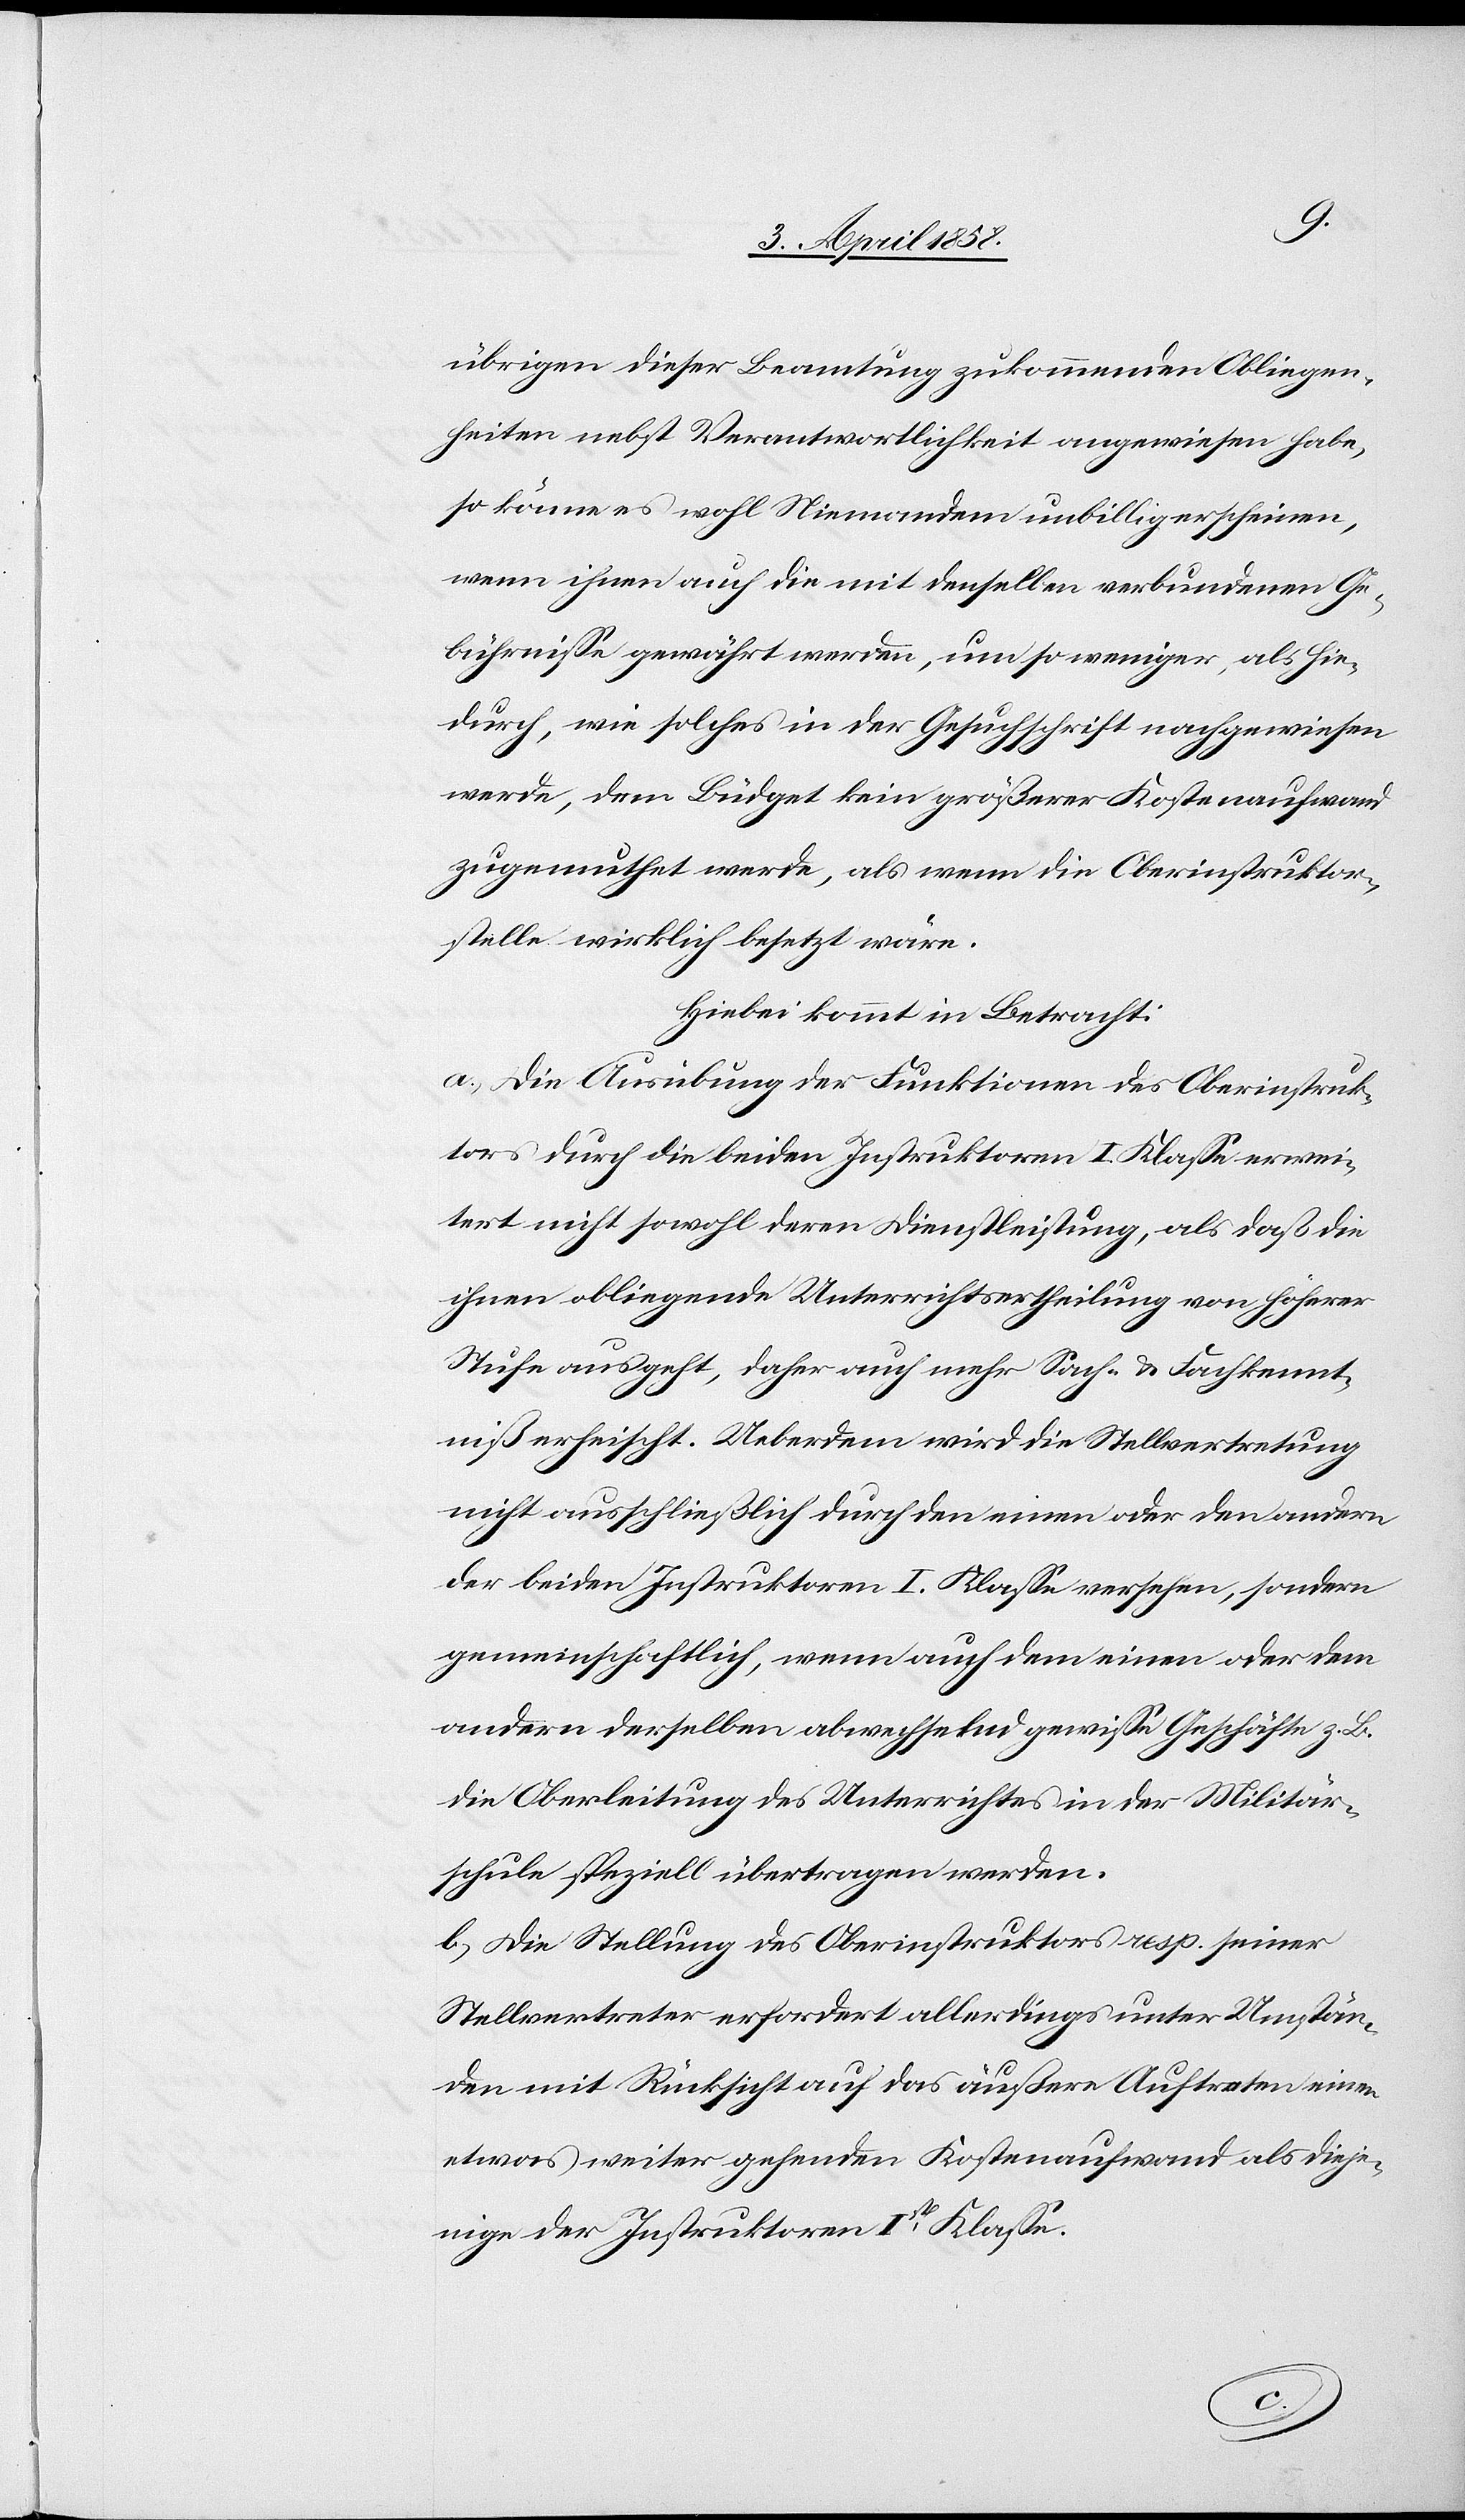
übrigen dieser Beamtung zukommenden Obliegen¬
heiten nebst Verantwortlichkeit angewiesen habe,
so könne es wohl Niemandem unbillig erscheinen,
wenn ihnen auch die mit denselben verbundenen Ge¬
bührnisse gewährt werden, um so weniger, als hie¬
durch, wie solches in der Gesuchschrift nachgewiesen
werde, dem Büdget kein größerer Kostenaufwand
zugemuthet werde, als wenn die Oberinstruktor¬
stelle wirklich besetzt wäre.
Hiebei kommt in Betracht:
a) Die Ausübung der Funktionen des Oberinstruk¬
tors durch die beiden Instruktoren I. Klasse erwei¬
tert nicht sowohl deren Dienstleistung, als daß die
ihnen obliegende Unterrichtsertheilung von höherer
Stufe ausgeht, daher auch mehr Sach- u. Fachkennt¬
niß erheischt. Ueberdem wird die Stellvertretung
nicht ausschließlich durch den einen oder den andern
der beiden Instruktoren I. Klasse versehen, sondern
gemeinschaftlich, wenn auch dem einen oder dem
andern derselben abwechselnd gewisse Geschäfte z. B.
die Oberleitung des Unterrichtes in der Militär¬
schule speziell übertragen werden.
b) Die Stellung des Oberinstruktors resp. seiner
Stellvertreter erfordert allerdings unter Umstän¬
den mit Rücksicht auf das äußere Auftreten einen
etwas weiter gehenden Kostenaufwand als dieje¬
nige der Instruktoren Ist Klasse.